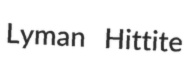
Lyman Hittite